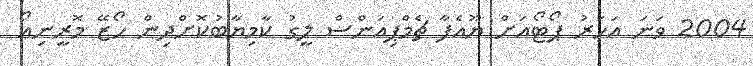
2004 ވަނަ އަހަރު ޕޯޓޯއަށް ޔޫއެފާ ޗެމްޕިއަންސް ލީގު ކާމިޔާބުކޮށްދިން ހޯޒޭ މޮރީނިއޯ